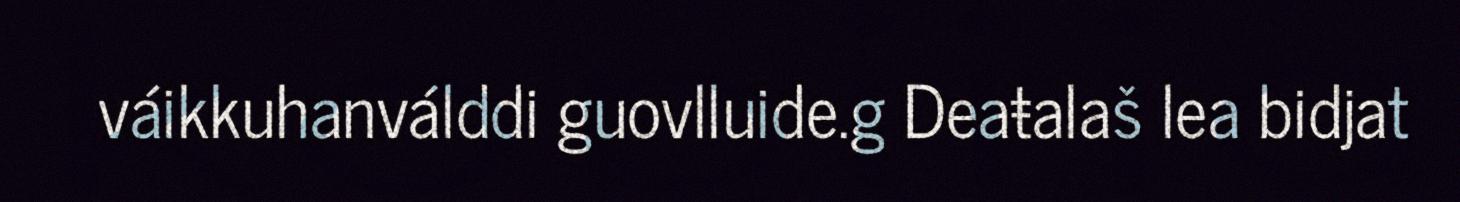
váikkuhanválddi guovlluide.g Deaŧalaš lea bidjat